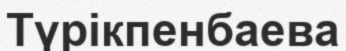
Түрікпенбаева